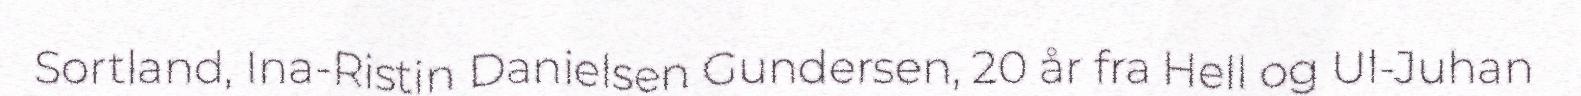
Sortland, Ina-Ristin Danielsen Gundersen, 20 år fra Hell og Ul-Juhan